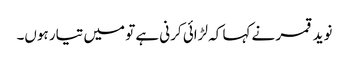
نوید قمر نے کہا کہ لڑائی کرنی ہے تو میں تیار ہوں۔